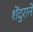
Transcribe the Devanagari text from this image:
शेंदुराने